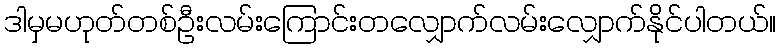
ဒါမှမဟုတ်တစ်ဦးလမ်းကြောင်းတလျှောက်လမ်းလျှောက်နိုင်ပါတယ်။